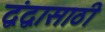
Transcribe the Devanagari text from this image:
द्वंद्वासाठी